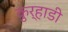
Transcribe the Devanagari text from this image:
कुर्‍हाडी